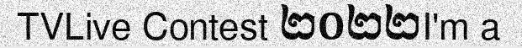
TVLive Contest ២០២២I'm a